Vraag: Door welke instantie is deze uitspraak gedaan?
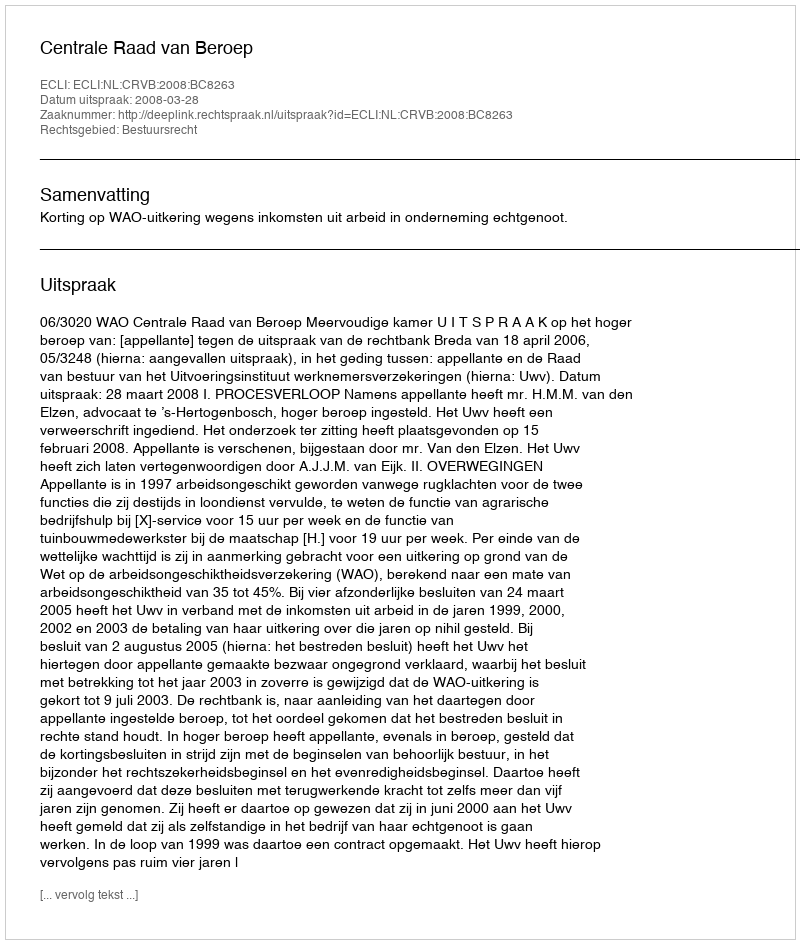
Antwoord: Centrale Raad van Beroep